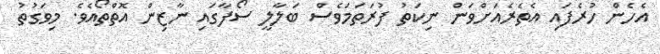
އެހެން ހުރެފައި އެތެރެއަށްވަން ނިކަތު ފުރަތަމަވެސް ބަލާލީ ސޯފާގައި ނާޒިން އޮތްތޯއެވެ. މިވަގުތު